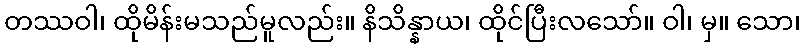
တဿဝါ၊ ထိုမိန်းမသည်မူလည်း။ နိသိန္နာယ၊ ထိုင်ပြီးလသော်။ ဝါ၊ မှ။ သော၊